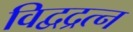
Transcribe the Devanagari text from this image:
विद्वद्रत्न